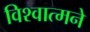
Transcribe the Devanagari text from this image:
विश्वात्मने